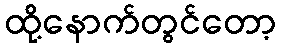
ထို့နောက်တွင်တော့